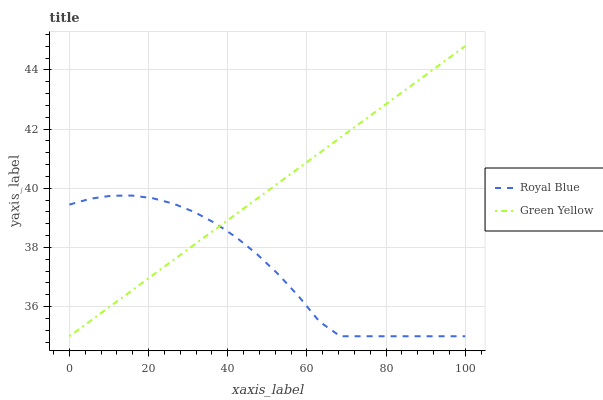
| xaxis_label | Royal Blue | Green Yellow |
 | --- | --- | --- |
 | 0 | 39.5 | 35 |
 | 5.26 | 39.6 | 35.5 |
 | 10.5 | 39.7 | 36 |
 | 15.8 | 39.8 | 36.5 |
 | 21.1 | 39.7 | 37.1 |
 | 26.3 | 39.5 | 37.6 |
 | 31.6 | 39.2 | 38.1 |
 | 36.8 | 38.8 | 38.6 |
 | 42.1 | 38.3 | 39.1 |
 | 47.4 | 37.8 | 39.6 |
 | 52.6 | 37.1 | 40.2 |
 | 57.9 | 36.4 | 40.7 |
 | 63.2 | 35.5 | 41.2 |
 | 68.4 | 35 | 41.7 |
 | 73.7 | 35 | 42.2 |
 | 78.9 | 35 | 42.7 |
 | 84.2 | 35 | 43.3 |
 | 89.5 | 35 | 43.8 |
 | 94.7 | 35 | 44.3 |
 | 100 | 35 | 44.8 |